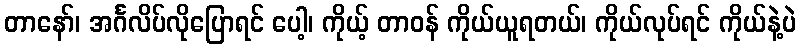
တာနော်၊ အင်္ဂလိပ်လိုပြောရင် ပေါ့၊ ကိုယ့် တာဝန် ကိုယ်ယူရတယ်၊ ကိုယ်လုပ်ရင် ကိုယ်နဲ့ပဲ